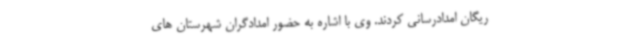
ریگان امدادرسانی کردند. وی با اشاره به حضور امدادگران شهرستان های